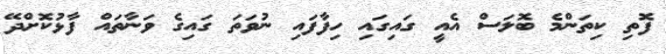
ފޮތި ކިތަންމެ ބޮލަސް އެއީ ގައިގައި ހިފާފައި ނުވަތަ ގައިގެ ވަނާތައް ފާޅުކޮށްދޭ